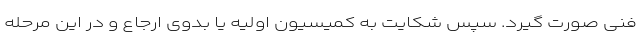
فنی صورت گیرد. سپس شکایت به کمیسیون اولیه یا بدوی ارجاع و در این مرحله